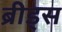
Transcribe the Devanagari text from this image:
ब्रीड्स